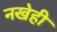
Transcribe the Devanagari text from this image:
नखेही